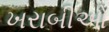
ખરાબીઓ